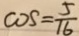
\cos = \frac { 5 } { 1 6 }